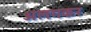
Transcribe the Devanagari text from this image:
अलगकर